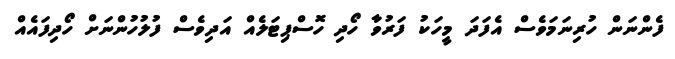
ފެންނަން ހުރިނަމަވެސް އެފަދަ މީހަކު ފަރުވާ ހޯދި ހޮސްޕިޓަލެއް އަދިވެސް ފުލުހުންނަށް ހޯދިފައެއް